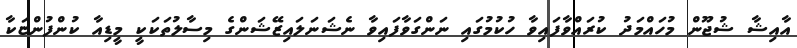
އާއިޝާ ޝުޖޫން މުހައްމަދު ކުރައްވާފައިވާ ހުކުމުގައި ނަންގަވާފައިވާ ނެޝަނަލައިޒޭޝަންގެ މިސާލުތަކަކީ މީޑިއާ ކުންފުންޏަކާ